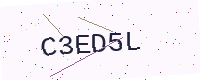
Text: C3ED5L